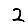
Digit: 2